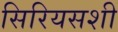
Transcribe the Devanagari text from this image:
सिरियसशी